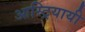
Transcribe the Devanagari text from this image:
आस्ट्रियायी